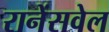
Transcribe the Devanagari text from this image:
रानेंसवेल